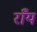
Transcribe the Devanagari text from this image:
राँय